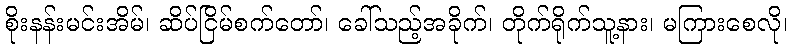
စိုးနန်းမင်းအိမ်၊ ဆိပ်ငြိမ်စက်တော်၊ ခေါ်သည့်အခိုက်၊ တိုက်ရိုက်သူ့နား၊ မကြားစေလို၊